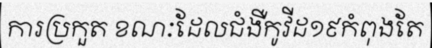
ការប្រកួត ខណៈដែលជំងឺកូវីដ១៩កំពុងតែ